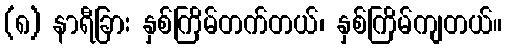
(၈) နာရီခြား နှစ်ကြိမ်တက်တယ်၊ နှစ်ကြိမ်ကျတယ်။